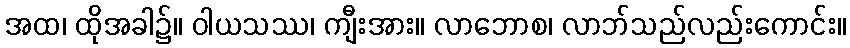
အထ၊ ထိုအခါ၌။ ဝါယသဿ၊ ကျီးအား။ လာဘောစ၊ လာဘ်သည်လည်းကောင်း။